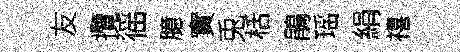
友攬徭臆實兎栝鵑瑶絹禧